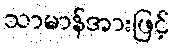
သာမာန်အားဖြင့်